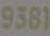
9381